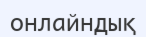
онлайндық